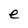
Character: e